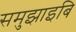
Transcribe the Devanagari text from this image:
समुझाइबि